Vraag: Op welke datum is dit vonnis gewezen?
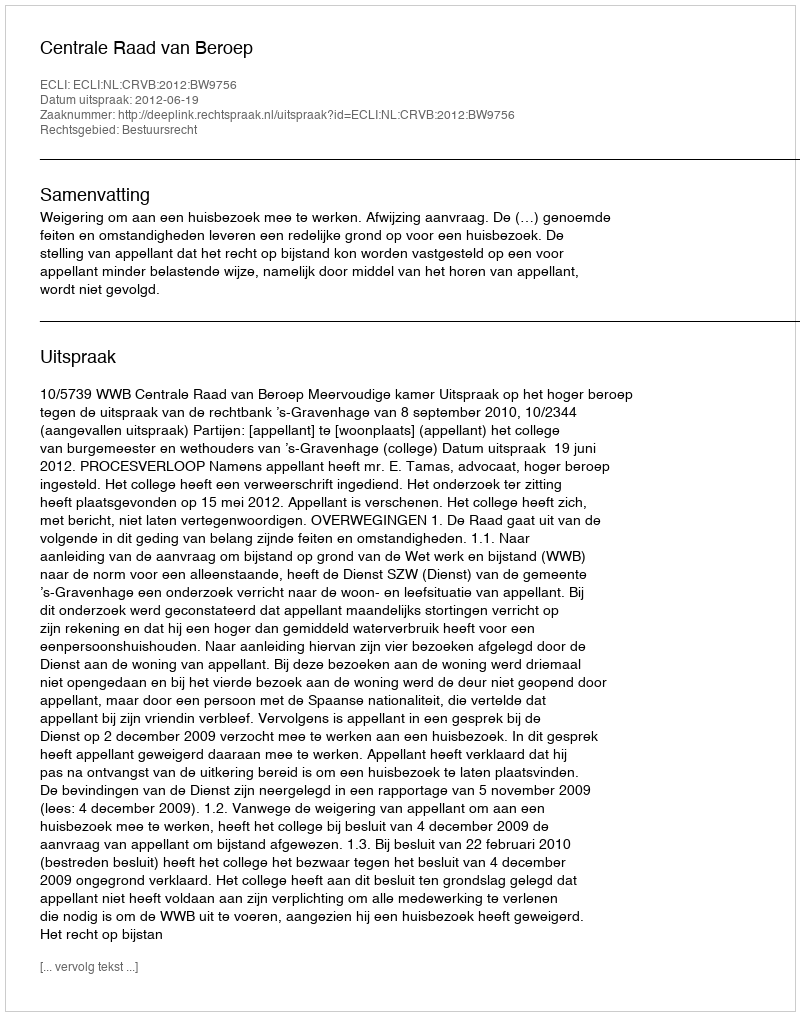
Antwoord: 2012-06-19